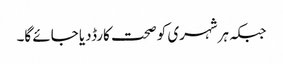
جبکہ ہرشہری کو صحت کارڈدیا جائے گا۔